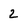
Character: 2